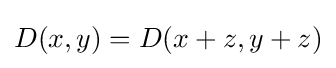
D(x,y)=D(x+z,y+z)